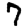
Digit: 7